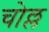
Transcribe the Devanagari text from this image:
चोल्ल